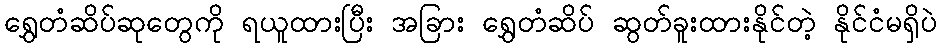
ရွှေတံဆိပ်ဆုတွေကို ရယူထားပြီး အခြား ရွှေတံဆိပ် ဆွတ်ခူးထားနိုင်တဲ့ နိုင်ငံမရှိပဲ